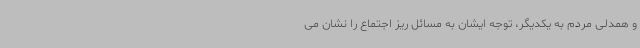
و همدلی مردم به یکدیگر، توجه ایشان به مسائل ریز اجتماع را نشان می